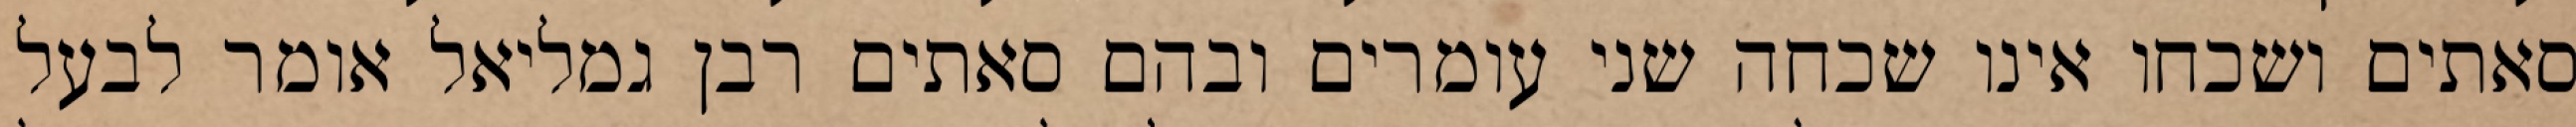
סאתים ושכחו אינו שכחה שני עומרים ובהם סאתים רבן גמליאל אומר לבעל